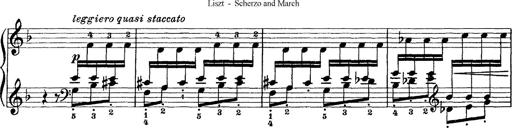
Title: Scherzo und Marsch
Composer: Franz Liszt